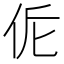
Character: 𠈁